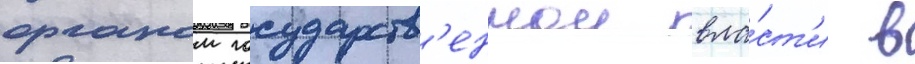
органом государств'еннои вла́ст'и в